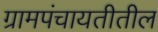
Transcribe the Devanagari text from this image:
ग्रामपंचायतीतील